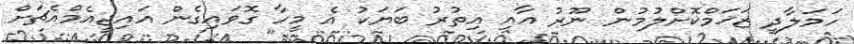
ހަމަލާދީ ޒަޚަމްކޮށްލުމުން ނޫރު އާއި އިތުރު ބަޔަކު އެ މީހާ ގޮވައިގެން އައިޖީއެމްއެޗަށް